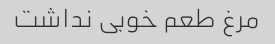
مرغ طعم خوبی نداشت